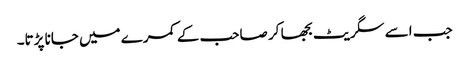
جب اسے سگریٹ بجھا کر صاحب کے کمرے میں جانا پڑتا۔